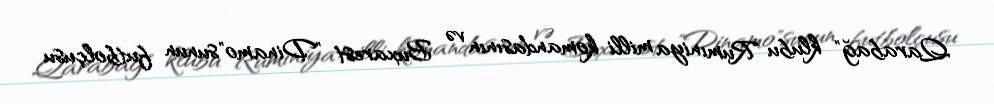
Qarabağ" klubu Rumıniya milli komandasının və Buxarest "Dinamo"sunun futbolçusu